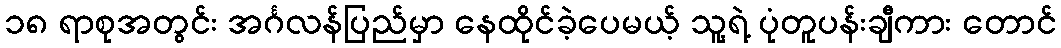
၁၈ ရာစုအတွင်း အင်္ဂလန်ပြည်မှာ နေထိုင်ခဲ့ပေမယ့် သူ့ရဲ့ ပုံတူပန်းချီကား တောင်